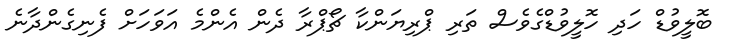
ބޮލީވުޑް ހަދި ހޮލީވުޑްގެވެސް ތަރި ޕްރިޔަންކާ ޗޯޕްރާ ދެން އެންމެ އަވަހަށް ފެނިގެންދާނެ